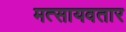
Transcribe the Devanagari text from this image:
मत्सायवतार